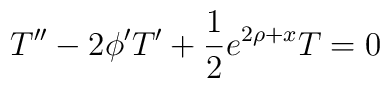
T'' -2\phi' T' + \frac{1}{2}e^{2\rho+x} T=0